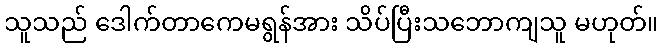
သူသည် ဒေါက်တာကေမရွန်အား သိပ်ပြီးသဘောကျသူ မဟုတ်။